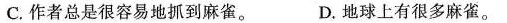
C.作者总是很容易地抓到麻雀。 D.地球上有很多麻雀。